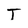
Character: T